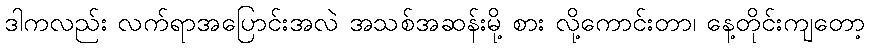
ဒါကလည်း လက်ရာအပြောင်းအလဲ အသစ်အဆန်းမို့ စား လို့ကောင်းတာ၊ နေ့တိုင်းကျတော့